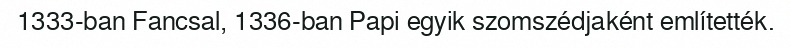
1333-ban Fancsal, 1336-ban Papi egyik szomszédjaként említették.